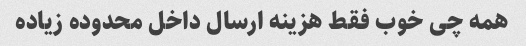
همه چی خوب فقط هزینه ارسال داخل محدوده زیاده